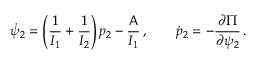
\dot { \psi } _ { 2 } = \left( \frac { 1 } { I _ { 1 } } + \frac { 1 } { I _ { 2 } } \right) p _ { 2 } - \frac { \mathsf { A } } { I _ { 1 } } \, , \qquad \dot { p } _ { 2 } = - \frac { \partial \Pi } { \partial \psi _ { 2 } } \, .